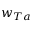
w _ { T a }